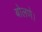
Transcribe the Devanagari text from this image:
बोलणे।